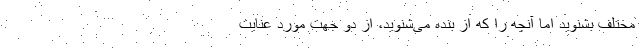
مختلف بشنوید اما آنچه را که از بنده می‌‌شنوید، از دو جهت مورد عنایت